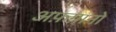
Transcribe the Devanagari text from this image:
अफ़ग़ानो